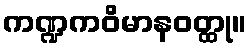
ကဏ္ဍကဝိမာနဝတ္ထု။